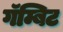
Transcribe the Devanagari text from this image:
गॅम्बिट